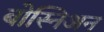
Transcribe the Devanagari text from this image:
बोस्निअन